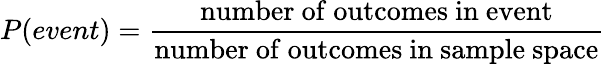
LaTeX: P(event)={\frac{\mathrm{number~of~outcomes~in~event}}{\mathrm{number~of~outcomes~in~sample~space}}}